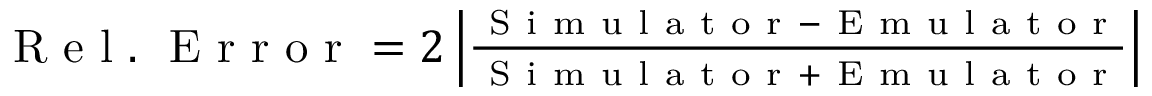
\begin{array} { r } { \mathrm { ~ R ~ e ~ l ~ . ~ \ E ~ r ~ r ~ o ~ r ~ } = 2 \left| \frac { \mathrm { ~ S ~ i ~ m ~ u ~ l ~ a ~ t ~ o ~ r ~ } - \mathrm { ~ E ~ m ~ u ~ l ~ a ~ t ~ o ~ r ~ } } { \mathrm { ~ S ~ i ~ m ~ u ~ l ~ a ~ t ~ o ~ r ~ } + \mathrm { ~ E ~ m ~ u ~ l ~ a ~ t ~ o ~ r ~ } } \right| } \end{array}